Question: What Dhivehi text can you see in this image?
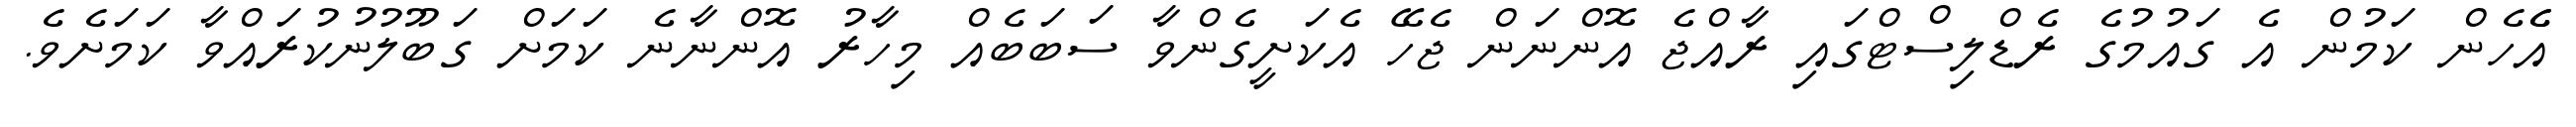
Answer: އެެހެން ކަމުން އެ ގައުމުގެ ރެޑްލިސްޓްގައި ރާއްޖެ އޮންނަން ޖެހޭ އެކަށީގެންވާ ސަބަބެއް މިހާރު އޮންނާނެ ކަމަށް ގަބޫލުނުކުރައްވާ ކަމަށެވެ.